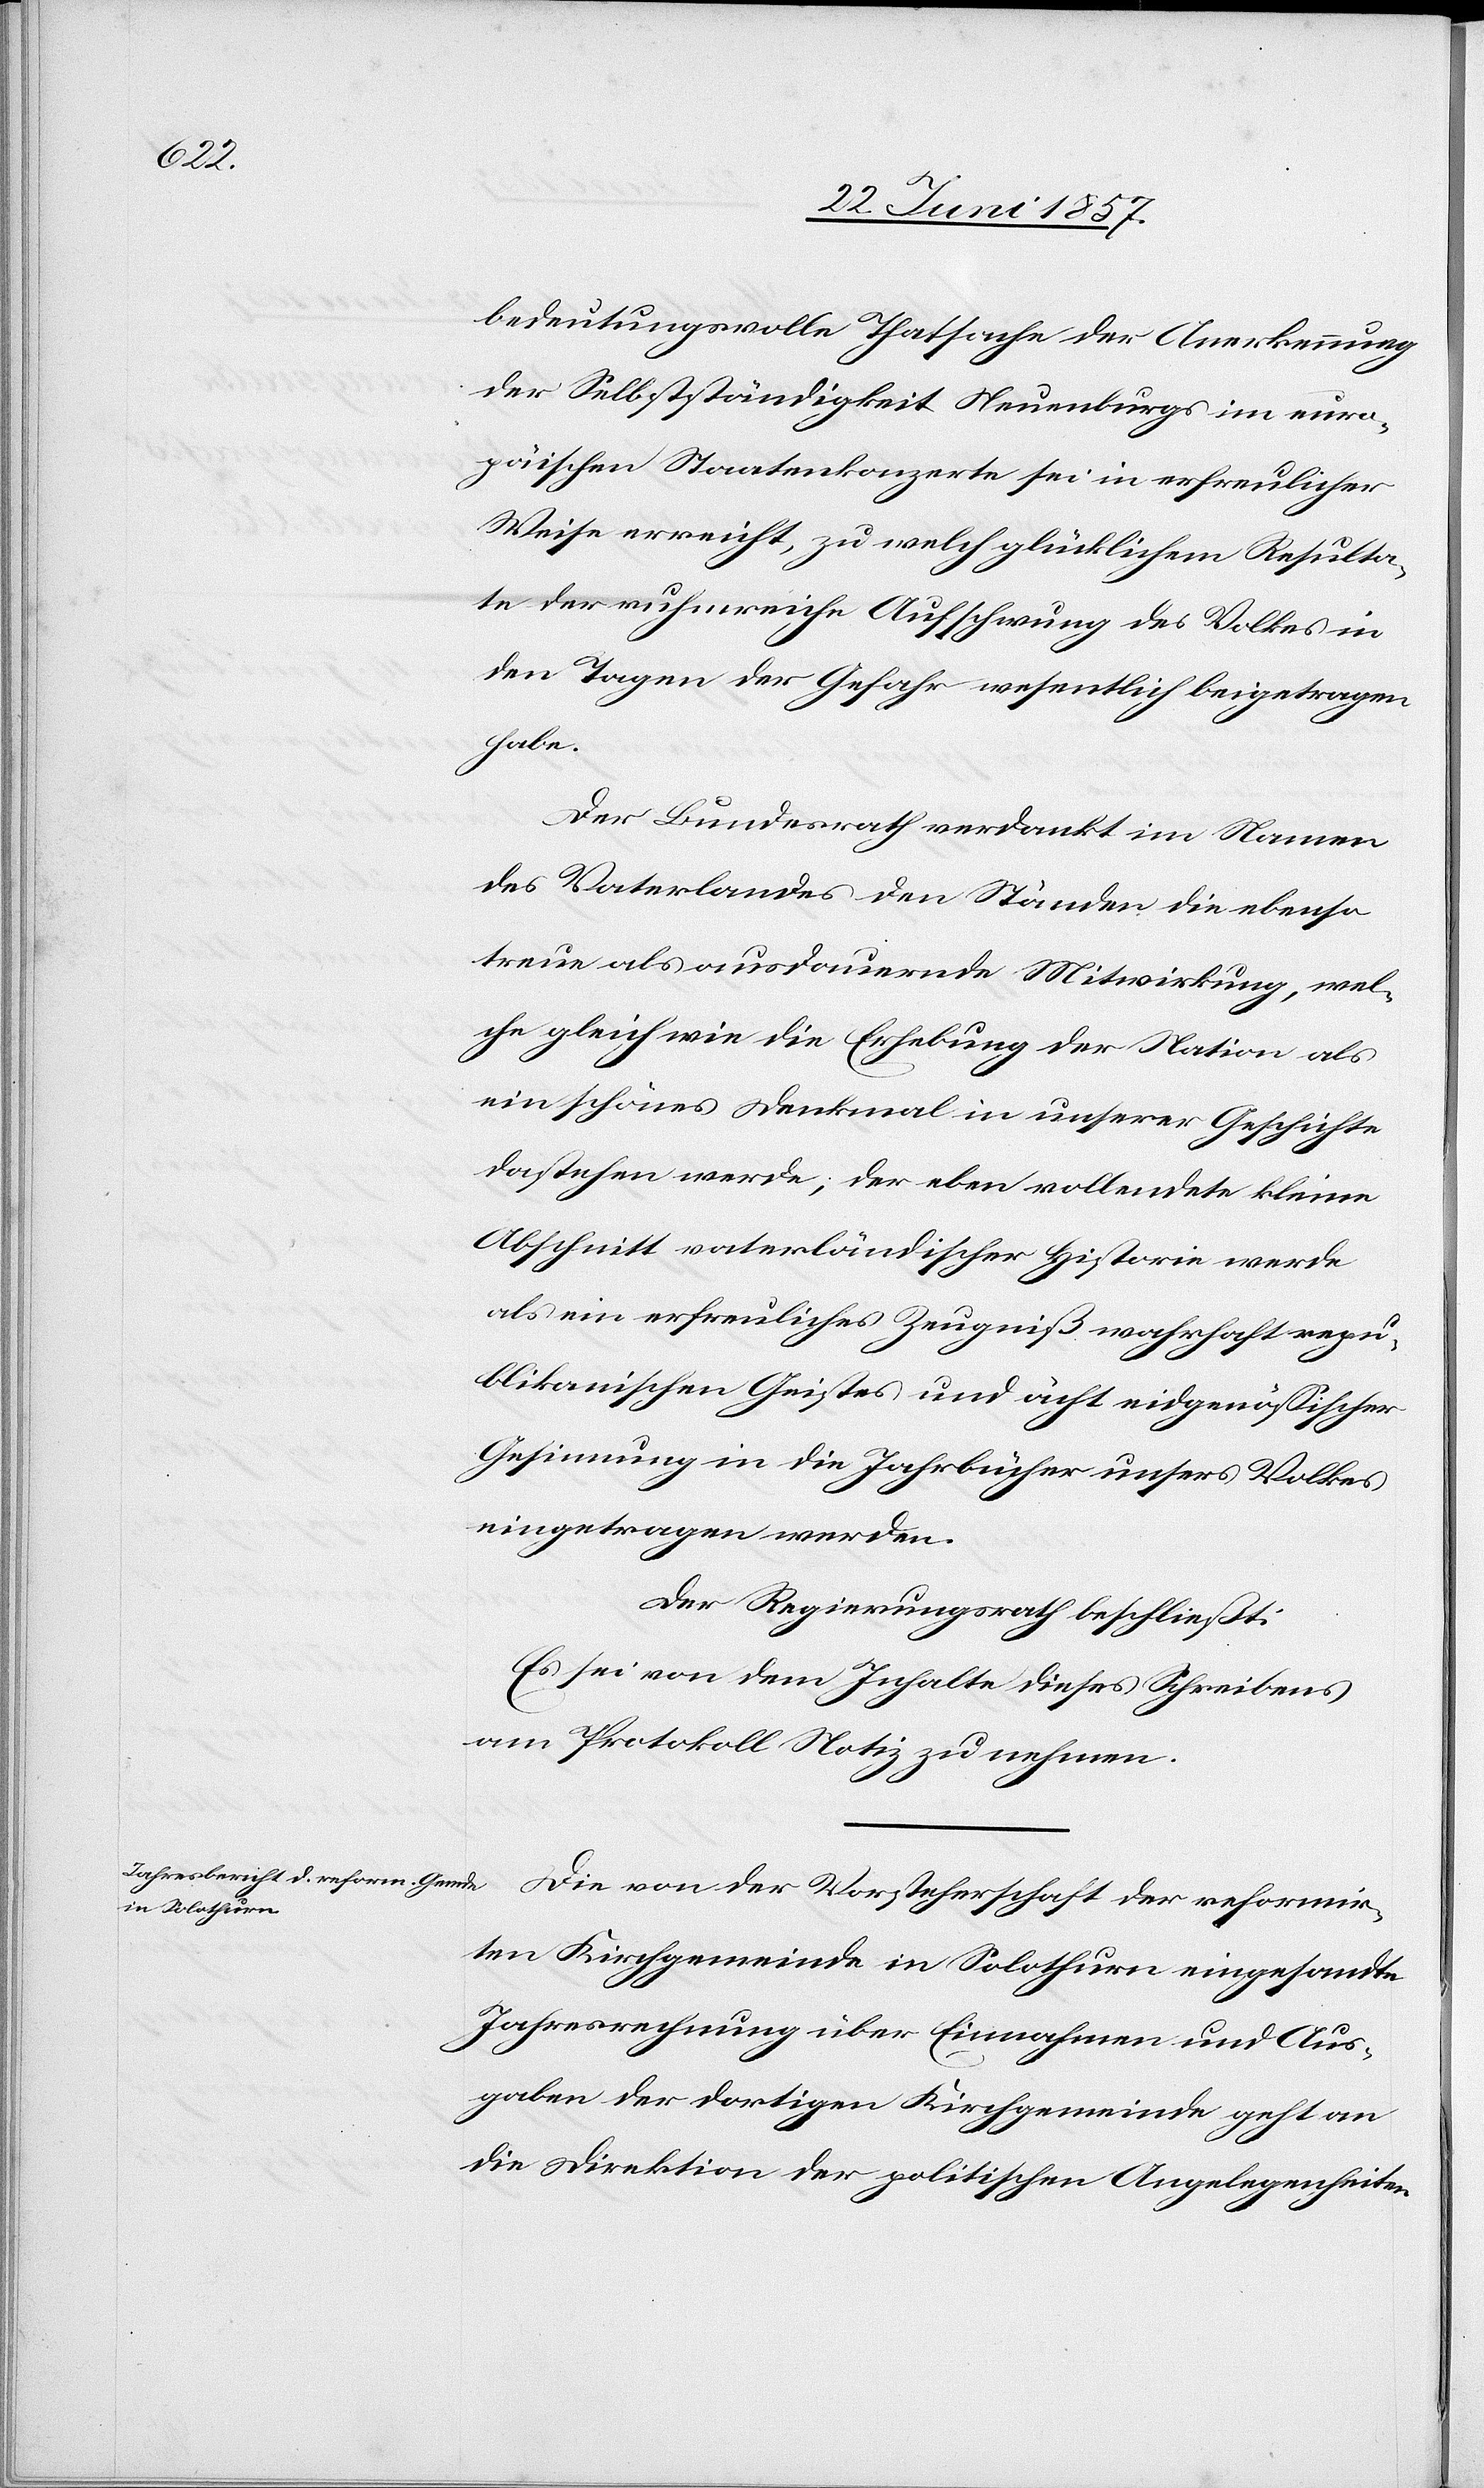
bedeutungsvolle Thatsache der Anerkennung
der Selbstständigkeit Neuenburgs im euro¬
päischen Staatenkonzerte sei in erfreulicher
Weise erreicht, zu welch glücklichem Resulta¬
te der ruhmreiche Aufschwung des Volkes in
den Tagen der Gefahr wesentlich beigetragen
habe.
Der Bundesrath verdankt im Namen
des Vaterlandes den Ständen die ebenso
treue als ausdauernde Mitwirkung, wel¬
che gleich wie die Erhebung der Nation als
ein schönes Denkmal in unserer Geschichte
dastehen werde, der eben vollendete kleine
Abschnitt vaterländischer Historie werde
als ein erfreuliches Zeugniß wahrhaft repu¬
blikanischen Geistes und ächt eidgenössischer
Gesinnung in die Jahrbücher unsers Volkes
eingetragen werden.
Der Regierungsrath beschließt:
Es sei von dem Inhalte dieses Schreibens
am Protokoll Notiz zu nehmen.
Die von der Vorsteherschaft der reformir¬
ten Kirchgemeinde in Solothurn eingesandte
Jahresrechnung über Einnahmen und Aus¬
gaben der dortigen Kirchgemeinde geht an
die Direktion der politischen Angelegenheiten